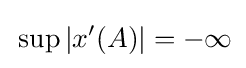
\,\sup \left|x^{\prime }(A)\right|=-\infty